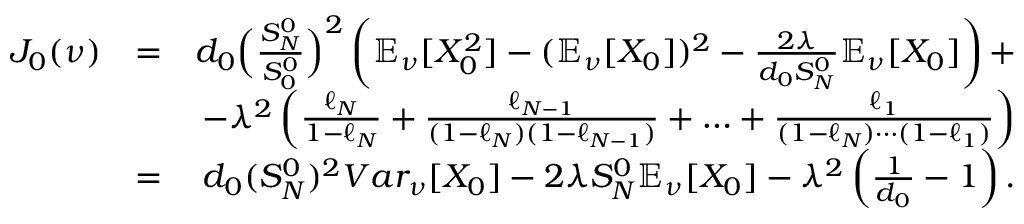
\begin{array} { r l r } { J _ { 0 } ( \nu ) } & { = } & { d _ { 0 } \Big ( \frac { S _ { N } ^ { 0 } } { S _ { 0 } ^ { 0 } } \Big ) ^ { 2 } \left( \mathbb { E } _ { \nu } [ X _ { 0 } ^ { 2 } ] - ( \mathbb { E } _ { \nu } [ X _ { 0 } ] ) ^ { 2 } - \frac { 2 \lambda } { d _ { 0 } S _ { N } ^ { 0 } } \mathbb { E } _ { \nu } [ X _ { 0 } ] \right) + } \\ & { } & { - \lambda ^ { 2 } \left( \frac { \ell _ { N } } { 1 - \ell _ { N } } + \frac { \ell _ { N - 1 } } { ( 1 - \ell _ { N } ) ( 1 - \ell _ { N - 1 } ) } + \ldots + \frac { \ell _ { 1 } } { ( 1 - \ell _ { N } ) \cdots ( 1 - \ell _ { 1 } ) } \right) } \\ & { = } & { d _ { 0 } ( S _ { N } ^ { 0 } ) ^ { 2 } V a r _ { \nu } [ X _ { 0 } ] - 2 \lambda S _ { N } ^ { 0 } \mathbb { E } _ { \nu } [ X _ { 0 } ] - \lambda ^ { 2 } \left( \frac 1 { d _ { 0 } } - 1 \right) . } \end{array}